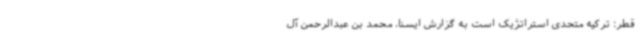
قطر: ترکیه متحدی استراتژیک است به گزارش ایسنا، محمد بن عبدالرحمن آل